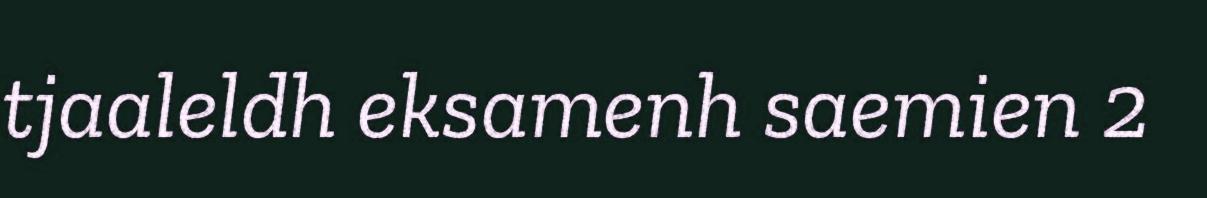
tjaaleldh eksamenh saemien 2